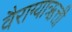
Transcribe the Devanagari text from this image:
वैराग्याऋत्ती